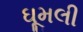
ઘૂમલી